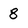
Character: 8